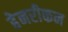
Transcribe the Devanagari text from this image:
हेनरीकन